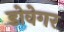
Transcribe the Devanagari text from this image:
डोवेगर